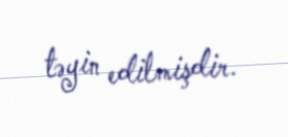
təyin edilmişdir.